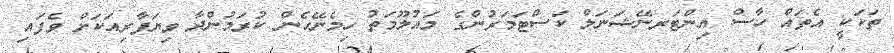
ތަކަކީ އެތައް ހާސް އިންޓަރނޭޝަނަލް ކަސްޓަމަރުންގެ މައުލޫމަތު ހިމެނޭހެން ކުރަމުންދާ ވިޔަފާރިއަކަށް ވެފައި